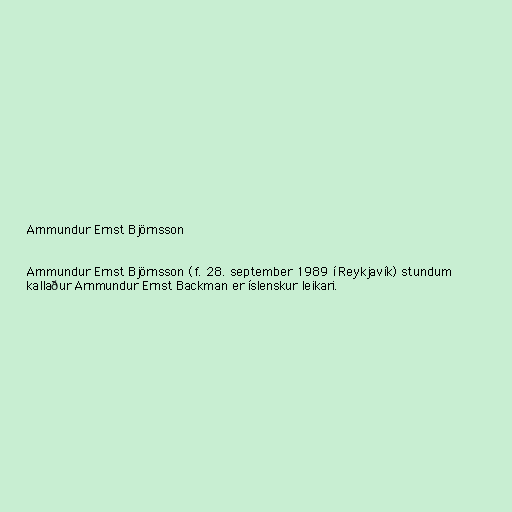
Arnmundur Ernst Björnsson

Arnmundur Ernst Björnsson (f. 28. september 1989 í Reykjavík) stundum
kallaður Arnmundur Ernst Backman er íslenskur leikari.